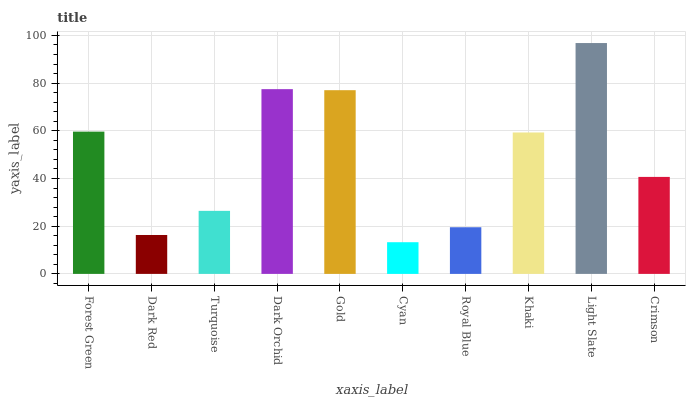
| xaxis_label | bars |
 | --- | --- |
 | Forest Green | 59.7 |
 | Dark Red | 16.3 |
 | Turquoise | 26.4 |
 | Dark Orchid | 77.5 |
 | Gold | 77 |
 | Cyan | 13.3 |
 | Royal Blue | 19.6 |
 | Khaki | 59.3 |
 | Light Slate | 96.8 |
 | Crimson | 40.7 |